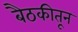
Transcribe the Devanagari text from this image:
बैठकीतून